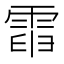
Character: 𩃡